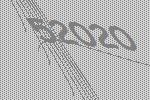
52020